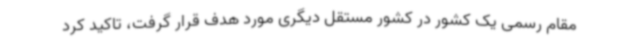
مقام رسمی یک کشور در کشور مستقل دیگری مورد هدف قرار گرفت، تاکید کرد